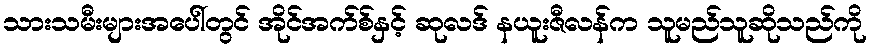
သားသမီးများအပေါ်တွင် အိုင်အက်စ်နှင့် ဆုလဒ် နယူးဇီလန်က သူမည်သူဆိုသည်ကို